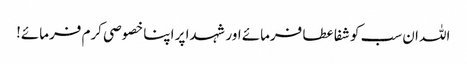
اللہ ان سب کو شفا عطا فرمائے اور شہدا پر اپنا خصوصی کرم فرمائے!